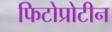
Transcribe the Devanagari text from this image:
फिटोप्रोटीन